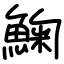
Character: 䱡